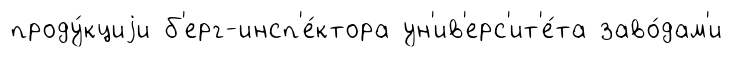
проду́кциjи б'ерг-инсп'е́ктора ун'ив'ерс'ит'е́та заво́дам'и